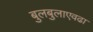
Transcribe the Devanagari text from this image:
बुलबुलाएवढा